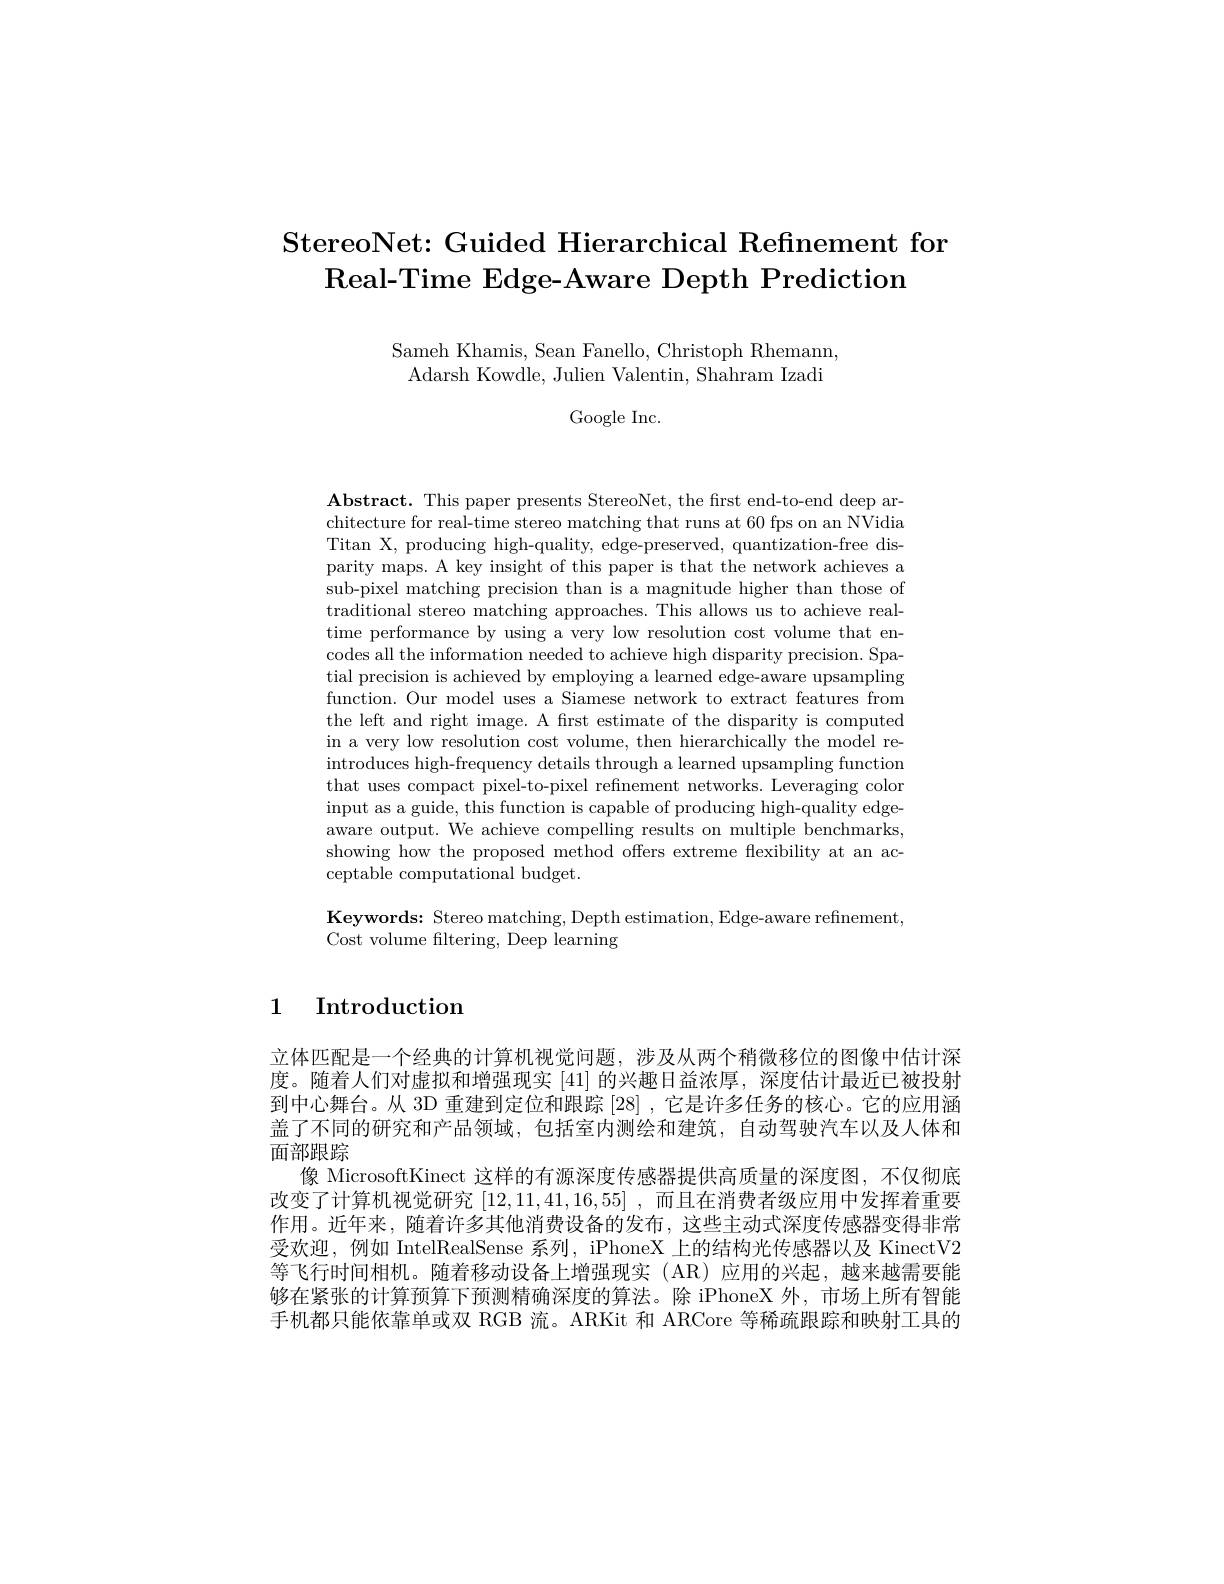
# StereoNet: Guided Hierarchical Refinement for Real- Time Edge- Aware Depth Prediction

Sameh Khamis, Sean Fanello, Christoph Rhemann,
Adarsh Kowdle, Julien Valentin, Shahram Izadi

Google Inc.

$\mathbf{Abstract.~This~paper~presents~StereoNet,~the~first~end-to-end~deep~ar-}$ chitecture for real-time stereo matching that runs at 60 fps on an NVidia Titan X, producing high-quality, edge-preserved, quantization-free disparity maps. A key insight of this paper is that the network achieves a sub-pixel matching precision than is a magnitude higher than those of traditional stereo matching approaches. This allows us to achieve realtime performance by using a very low resolution cost volume that encodes all the information needed to achieve high disparity precision. Spatial precision is achieved by employing a learned edge-aware upsampling function. Our model uses a Siamese network to extract features from the left and right image. A first estimate of the disparity is computed in a very low resolution cost volume, then hierarchically the model reintroduces high-frequency details through a learned upsampling function that uses compact pixel-to-pixel refinement networks. Leveraging color input as a guide, this function is capable of producing high-quality edgeaware output. We achieve compelling results on multiple benchmarks, showing how the proposed method offers extreme flexibility at an acceptable computational budget.

Keywords: Stereo matching, Depth estimation, Edge-aware refinement
Cost volume filtering, Deep learning

## 1 Introduction

立体匹配是一个经典的计算机视觉问题，涉及从两个稍微移位的图像中估计深度。随着人们对虚拟和增强现实 [41] 的兴趣日益浓厚，深度估计最近已被投射到中心舞台。从 3D 重建到定位和跟踪[28] ,它是许多任务的核心。它的应用涵盖了不同的研究和产品领域，包括室内测绘和建筑，自动驾驶汽车以及人体和面部跟踪
像 MicrosoftKinect 这样的有源深度传感器提供高质量的深度图，不仅彻底改变了计算机视觉研究[12,11,41,16,55] ,而且在消费者级应用中发挥着重要作用。近年来，随着许多其他消费设备的发布，这些主动式深度传感器变得非常受欢迎，例如 IntelRealSense 系列，iPhoneX 上的结构光传感器以及 KinectV2等飞行时间相机。随着移动设备上增强现实(AR)应用的兴起，越来越需要能够在紧张的计算预算下预测精确深度的算法。除 iPhoneX 外，市场上所有智能手机都只能依靠单或双 RGB 流。ARKit 和 ARCore 等稀疏跟踪和映射工具的